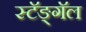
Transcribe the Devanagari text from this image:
स्टॅङ्गॅल